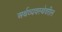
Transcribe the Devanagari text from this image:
अर्थव्यवस्थेवरील